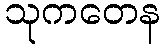
သုကတေန